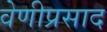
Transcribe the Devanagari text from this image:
वेणीप्रसाद